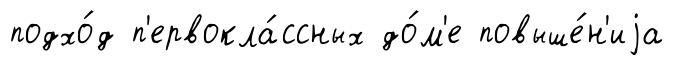
подхо́д п'ервокла́ссных до́м'е повыше́н'иjа